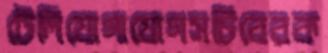
টেলিযোগাযোগসচিবেরক